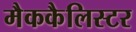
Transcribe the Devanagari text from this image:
मैककैलिस्टर